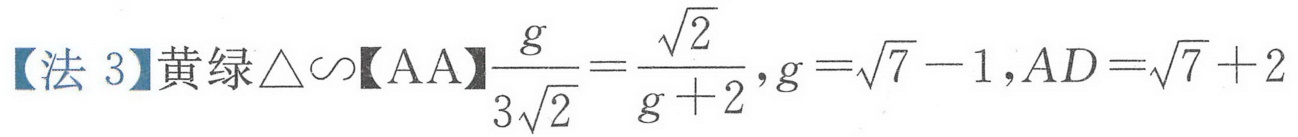
【法 3】黄绿\(\triangle\sim\)【AA】\(\frac{g}{3\sqrt{2}} = \frac{\sqrt{2}}{g + 2},g = \sqrt{7} - 1,AD = \sqrt{7} + 2\)